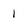
Character: 1